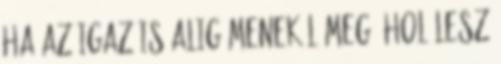
Ha az igaz is alig menekül meg, hol lesz